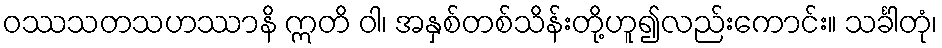
ဝဿသတသဟဿာနိ ဣတိ ဝါ၊ အနှစ်တစ်သိန်းတို့ဟူ၍လည်းကောင်း။ သင်္ခါတုံ၊